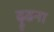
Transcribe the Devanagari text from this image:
ढ़ूढना